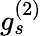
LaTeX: g_{s}^{(2)}